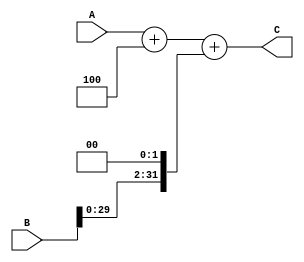
module NPC(A, B, C);
  input [31:0]A;
  input [31:0]B;
  output reg [31:0]C;
  always@(A or B)
  begin
    C=A+4+(B<<2);
  end
endmodule